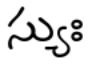
స్యుః